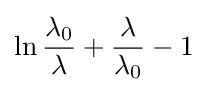
\ln {\frac {\lambda _{0}}{\lambda }}+{\frac {\lambda }{\lambda _{0}}}-1